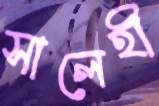
সালেহী